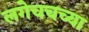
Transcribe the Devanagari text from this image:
लगेचचच्या